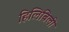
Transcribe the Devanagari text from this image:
हिलिबिली